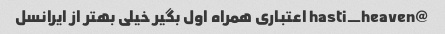
@hasti_heaven اعتباری همراه اول بگیر خیلی بهتر از ایرانسل